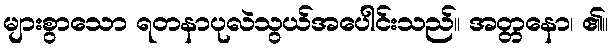
များစွာသော ရတနာပုလဲသွယ်အပေါင်းသည်။ အတ္တနော၊ ၏။